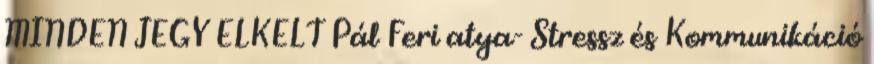
MINDEN JEGY ELKELT Pál Feri atya- Stressz és Kommunikáció